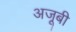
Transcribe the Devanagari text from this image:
अजूबी